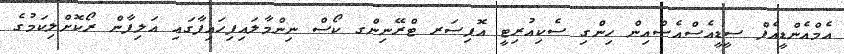
އެމްއެންޑީއެފް ސީޑީއެސްއެސްއިން ހިންގި ސެކިއުރިޓީ އޮފިސަރ ޓްރޭނިންގ ކޯސް ނިންމާލައިފިހައިފާގައި އަލިފާން ރޯކޮށްލިކަމުގެ